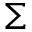
\Sigma